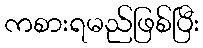
ကစားရမည်ဖြစ်ပြီး